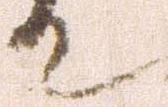
て